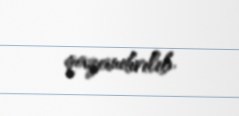
qazandırılıb.